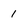
Character: 1